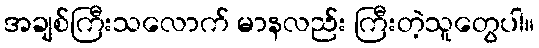
အချစ်ကြီးသလောက် မာနလည်း ကြီးတဲ့သူတွေပါ။